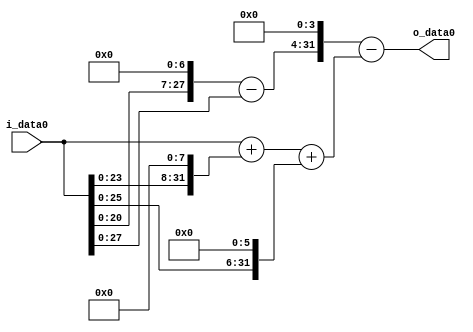
module multiplier_block (
    i_data0,
    o_data0
);

  // Port mode declarations:
  input   [31:0] i_data0;
  output  [31:0]
    o_data0;

  //Multipliers:

  wire [31:0]
    w1,
    w128,
    w127,
    w256,
    w257,
    w64,
    w321,
    w2032,
    w1711;

  assign w1 = i_data0;
  assign w127 = w128 - w1;
  assign w128 = w1 << 7;
  assign w1711 = w2032 - w321;
  assign w2032 = w127 << 4;
  assign w256 = w1 << 8;
  assign w257 = w1 + w256;
  assign w321 = w257 + w64;
  assign w64 = w1 << 6;

  assign o_data0 = w1711;

  //multiplier_block area estimate = 7081.90558244706;
endmodule